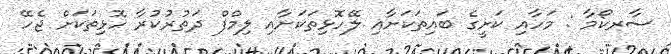
ސާރކޯމާ : މަހާއި ކަށީގެ ބައިތަކަށާއި ލޭހޮޅިތަކަށާއި ލިމްފް ދަތުރުކުރާ ހޮޅިތަކަށް ޖެހޭ